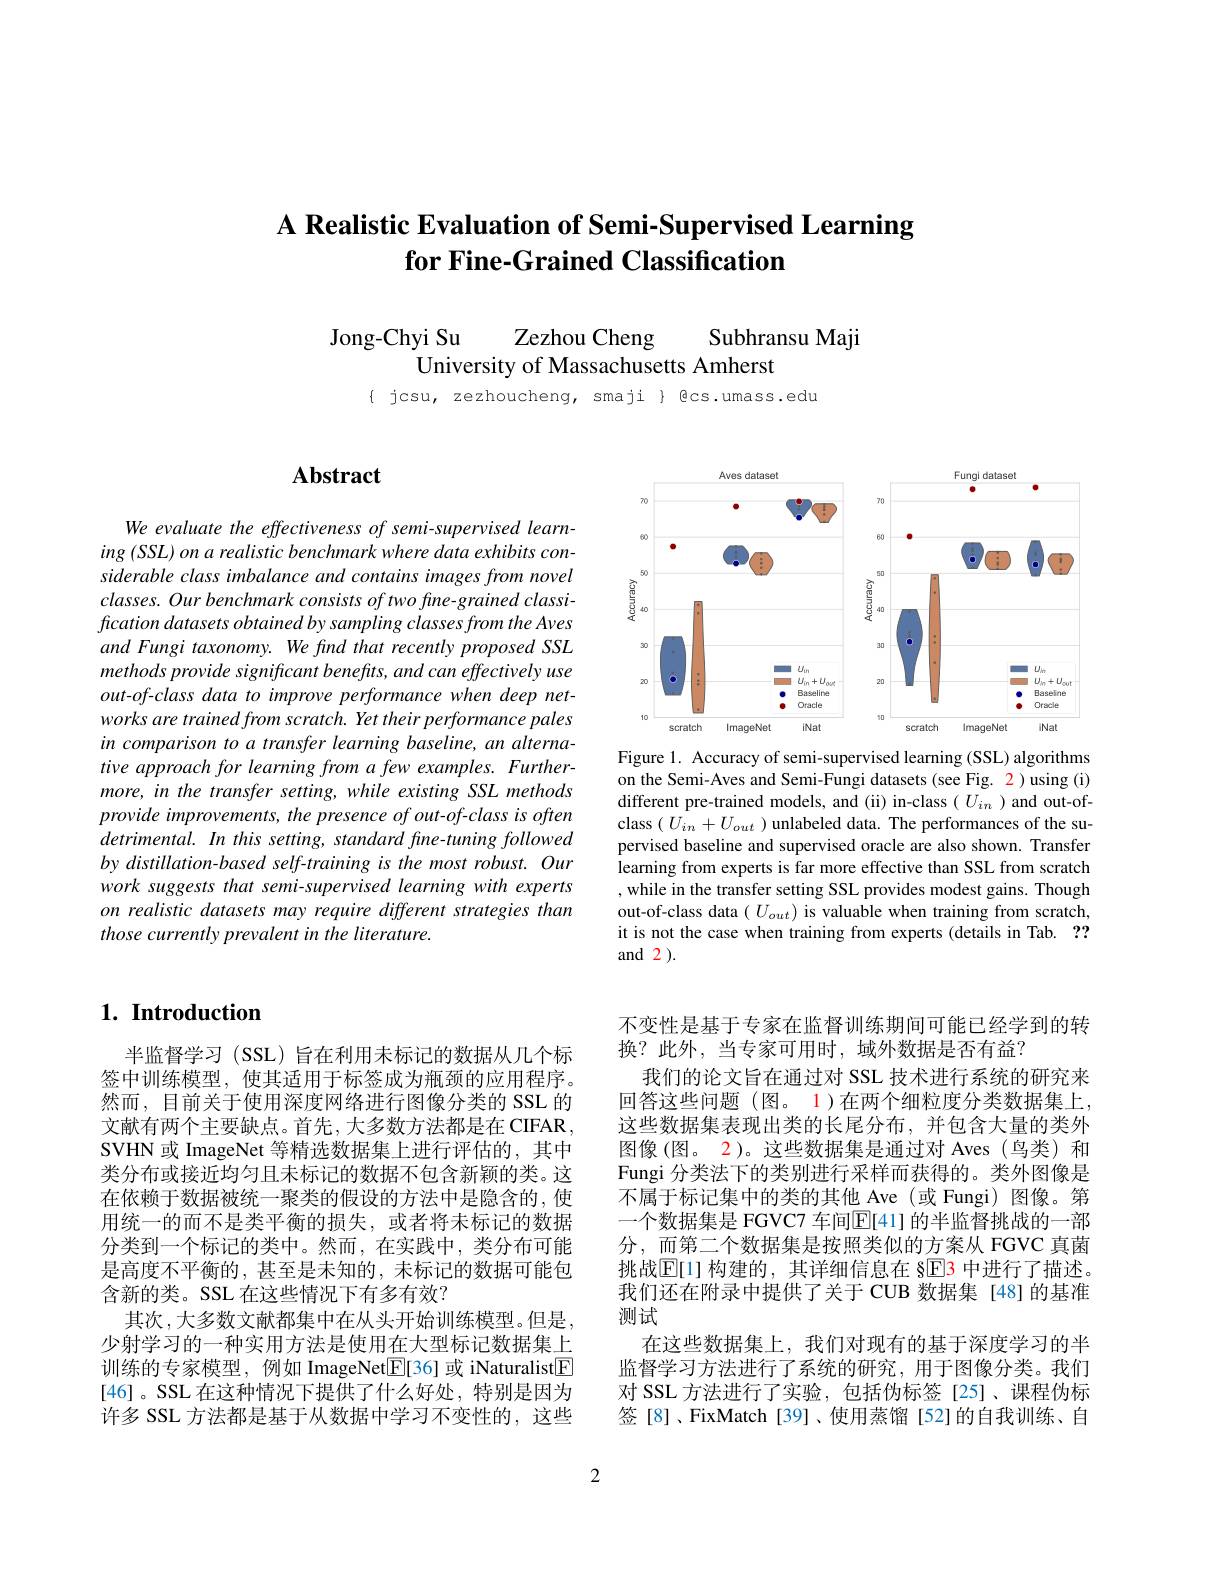
# A Realistic Evaluation of Semi-Supervised Learning for Fine-Grained Classification

Zezhou Cheng
Jong-Chyi Su
Subhransu Maji
University of Massachusetts Amherst

$\{ jcsu, zezhoucheng, smaji \} Qcs.umass.edu$

## $1. \textbf{ Introduction}$

半监督学习 (SSL) 旨在利用未标记的数据从几个标签中训练模型，使其适用于标签成为瓶颈的应用程序。然而，目前关于使用深度网络进行图像分类的 SSL 的文献有两个主要缺点。首先，大多数方法都是在 CIFAR, SVHN 或 ImageNet 等精选数据集上进行评估的，其中类分布或接近均匀且未标记的数据不包含新颖的类。这在依赖于数据被统一聚类的假设的方法中是隐含的，使用统一的而不是类平衡的损失，或者将未标记的数据分类到一个标记的类中。然而，在实践中，类分布可能是高度不平衡的，甚至是未知的，未标记的数据可能包含新的类。SSL 在这些情况下有多有效？
其次，大多数文献都集中在从头开始训练模型。但是， 少射学习的一种实用方法是使用在大型标记数据集上训练的专家模型，例如 ImageNet$\overline{\mathbb{E}}[36]$或 iNaturalist$\boxed{\mathbb{F}}$ [46]。SSL 在这种情况下提供了什么好处，特别是因为许多 SSL 方法都是基于从数据中学习不变性的，这些

## $\mathbf{Abstract}$

We evaluate the effectiveness of semi-supervised learning (SSL) on a realistic benchmark where data exhibits considerable class imbalance and contains images from novel $classes.Ourbenchmark$ consists of two fine-grained classification datasets obtained by sampling classes from the Aves and Fungi taxonomy. We find that recently proposed SSL methods provide significant benefits, and can effectively use out-of-class data to improve performance when deep networks are trained from scratch. Yet their performance pales in comparison to a transfer learning baseline, an alternative approach for learning from a few examples. Furthermore, in the transfer setting, while existing SSL methods provide improvements, the presence of out-of-class is often detrimental. In this setting, standard fine-tuning followed by distillation-based self-training is the most robust. Our work suggests that semi-supervised learning with experts on realistic datasets may require different strategies than those currently prevalent in the literature.

<FigureHere>
Figure 1. Accuracy of semi-supervised learning (SSL) algorithms

on the Semi-Aves and Semi-Fungi datasets (see Fig. 2) using (i) different pre-trained models, and (ii) in-class ( $U_in$ )and out-ofclass $(U_{in}+U_{out})$ unlabeled data. The performances of the supervised baseline and supervised oracle are also shown. Transfer learning from experts is far more effective than SSL from scratch , while in the transfer setting SSL provides modest gains. Though out-of-class data $(U_{out})$ is valuable when training from scratch, it is not the case when training from experts (details in Tab. ?? and 2).

不变性是基于专家在监督训练期间可能已经学到的转
换？此外，当专家可用时，域外数据是否有益？
我们的论文旨在通过对 SSL 技术进行系统的研究来回答这些问题(图。1)在两个细粒度分类数据集上， 这些数据集表现出类的长尾分布，并包含大量的类外图像(图。2)。这些数据集是通过对 Aves(鸟类)和Fungi 分类法下的类别进行采样而获得的。类外图像是不属于标记集中的类的其他 Ave (或 Fungi) 图像。第一个数据集是 FGVC7 车间E[41] 的半监督挑战的一部分，而第二个数据集是按照类似的方案从 FGVC 真菌挑战$\overline{\mathbb{E}}[1]$ 构建的，其详细信息在 §$\underline{\mathbb{E}}$3 中进行了描述。我们还在附录中提供了关于 CUB 数据集[48]的基准测试
在这些数据集上，我们对现有的基于深度学习的半监督学习方法进行了系统的研究，用于图像分类。我们对 SSL 方法进行了实验，包括伪标签[25]、课程伪标签[8]、FixMatch[39]、使用蒸馏[52]的自我训练、自

2